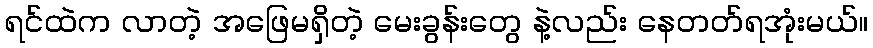
ရင်ထဲက လာတဲ့ အဖြေမရှိတဲ့ မေးခွန်းတွေ နဲ့လည်း နေတတ်ရအုံးမယ်။